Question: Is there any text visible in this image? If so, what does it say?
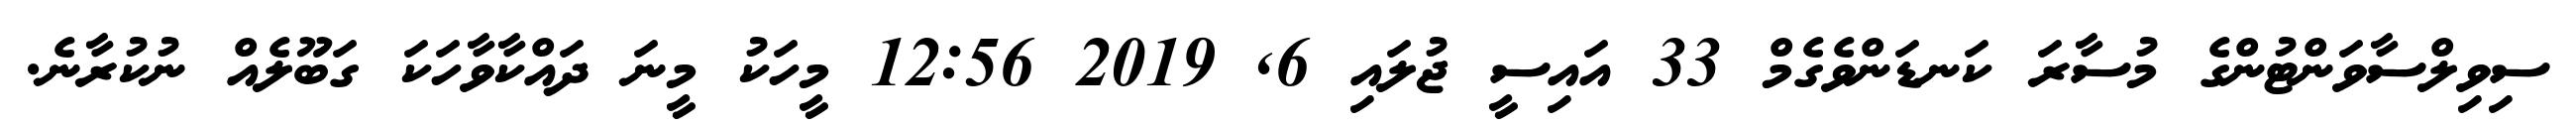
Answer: ސިވިލްސާވަންޓުންގެ މުސާރަ ކަނޑަންވެގެމް 33 އައިސީ ޖުލައި 6, 2019 12:56 މީހަކު މީނަ ދައްކާވާހަކަ ގަބޫލެއް ނުކުރާނެ.